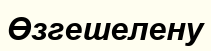
Өзгешелену